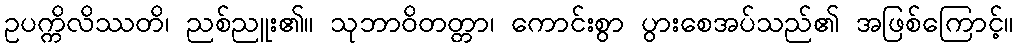
ဥပက္ကိလိဿတိ၊ ညစ်ညူး၏။ သုဘာဝိတတ္တာ၊ ကောင်းစွာ ပွားစေအပ်သည်၏ အဖြစ်ကြောင့်။